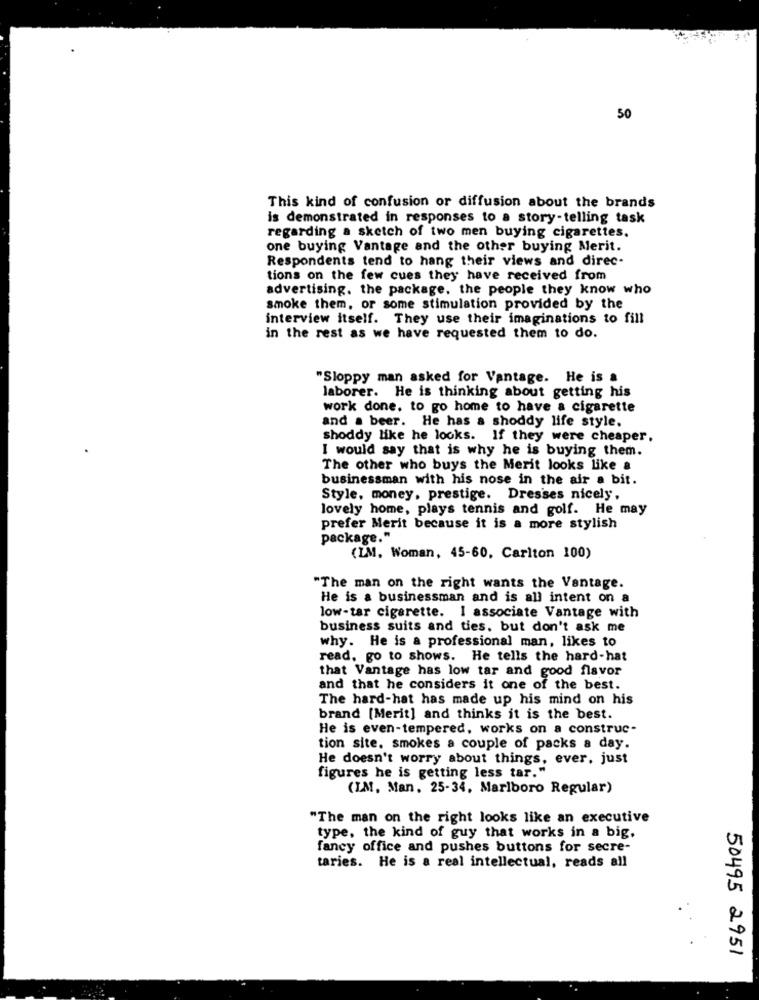
50
This kind of confusion or diffusion about the brands
is demonstrated in responses to a story-telling task
regarding a sketch of two men buying cigarettes.
one buying Vantage and the other buying Merit.
Respondents tend to hang their views and direc-
tions on the few cues they have received from
advertising. the package, the people they know who
smoke them, or some stimulation provided by the
interview itself. They use their imaginations to fill
in the rest as we have requested them to do.
"Sloppy man asked for Vantage. He is a
laborer. He is thinking about getting his
work done, to go home to have a cigarette
and a beer. He has a shoddy life style.
shoddy like he looks. If they were cheaper.
I would say that is why he is buying them.
The other who buys the Merit looks like a
businessman with his nose in the air a bit.
Style, money, prestige. Dresses nicely,
lovely home, plays tennis and golf. He may
prefer Merit because it is a more stylish
package."
(IM, Woman, 45-60, Carlton 100)
"The man on the right wants the Vantage.
He is a businessman and is all intent on a
low-tar cigarette. I associate Vantage with
business suits and ties, but don't ask me
why. He is a professional man, likes to
read, go to shows. He tells the hard-hat
that Vantage has low tar and good flavor
and that he considers it one of the best.
The hard-hat has made up his mind on his
brand (Merit] and thinks it is the best.
He is even-tempered, works on a construc-
tion site, smokes a couple of packs a day.
He doesn't worry about things, ever, just
figures he is getting less tar."
(IM. Man, 25-34, Marlboro Regular)
"The man on the right looks like an executive
type, the kind of guy that works in a big.
fancy office and pushes buttons for secre-
taries. He is a real intellectual, reads all
50495 2951